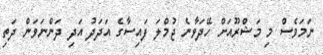
ނަމަވެސް މި މަޝްރޫއަށް ހޭދަވާނެ ޖުމްލަ ފައިސާގެ އަދަދު އަދި ދަންނަވަން ދަތި